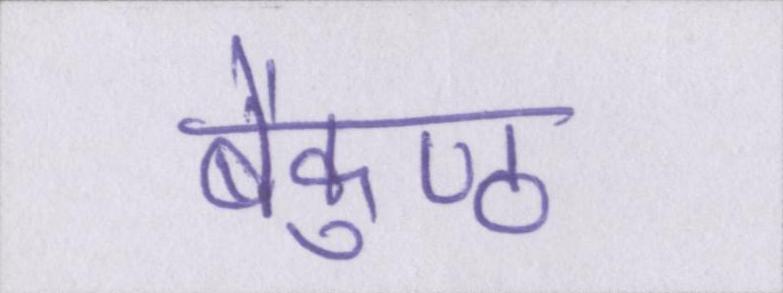
बैकुण्ठ